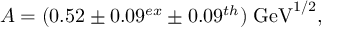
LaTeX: A = ( 0 . 5 2 \pm 0 . 0 9 ^ { e x } \pm 0 . 0 9 ^ { t h } ) \; \mathrm { G e V } ^ { 1 / 2 } ,